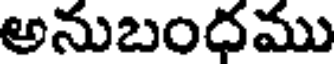
అనుబందము